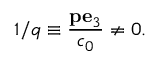
1 / q \equiv { \frac { { \bf p } { \bf e } _ { 3 } } { c _ { 0 } } } \neq 0 .